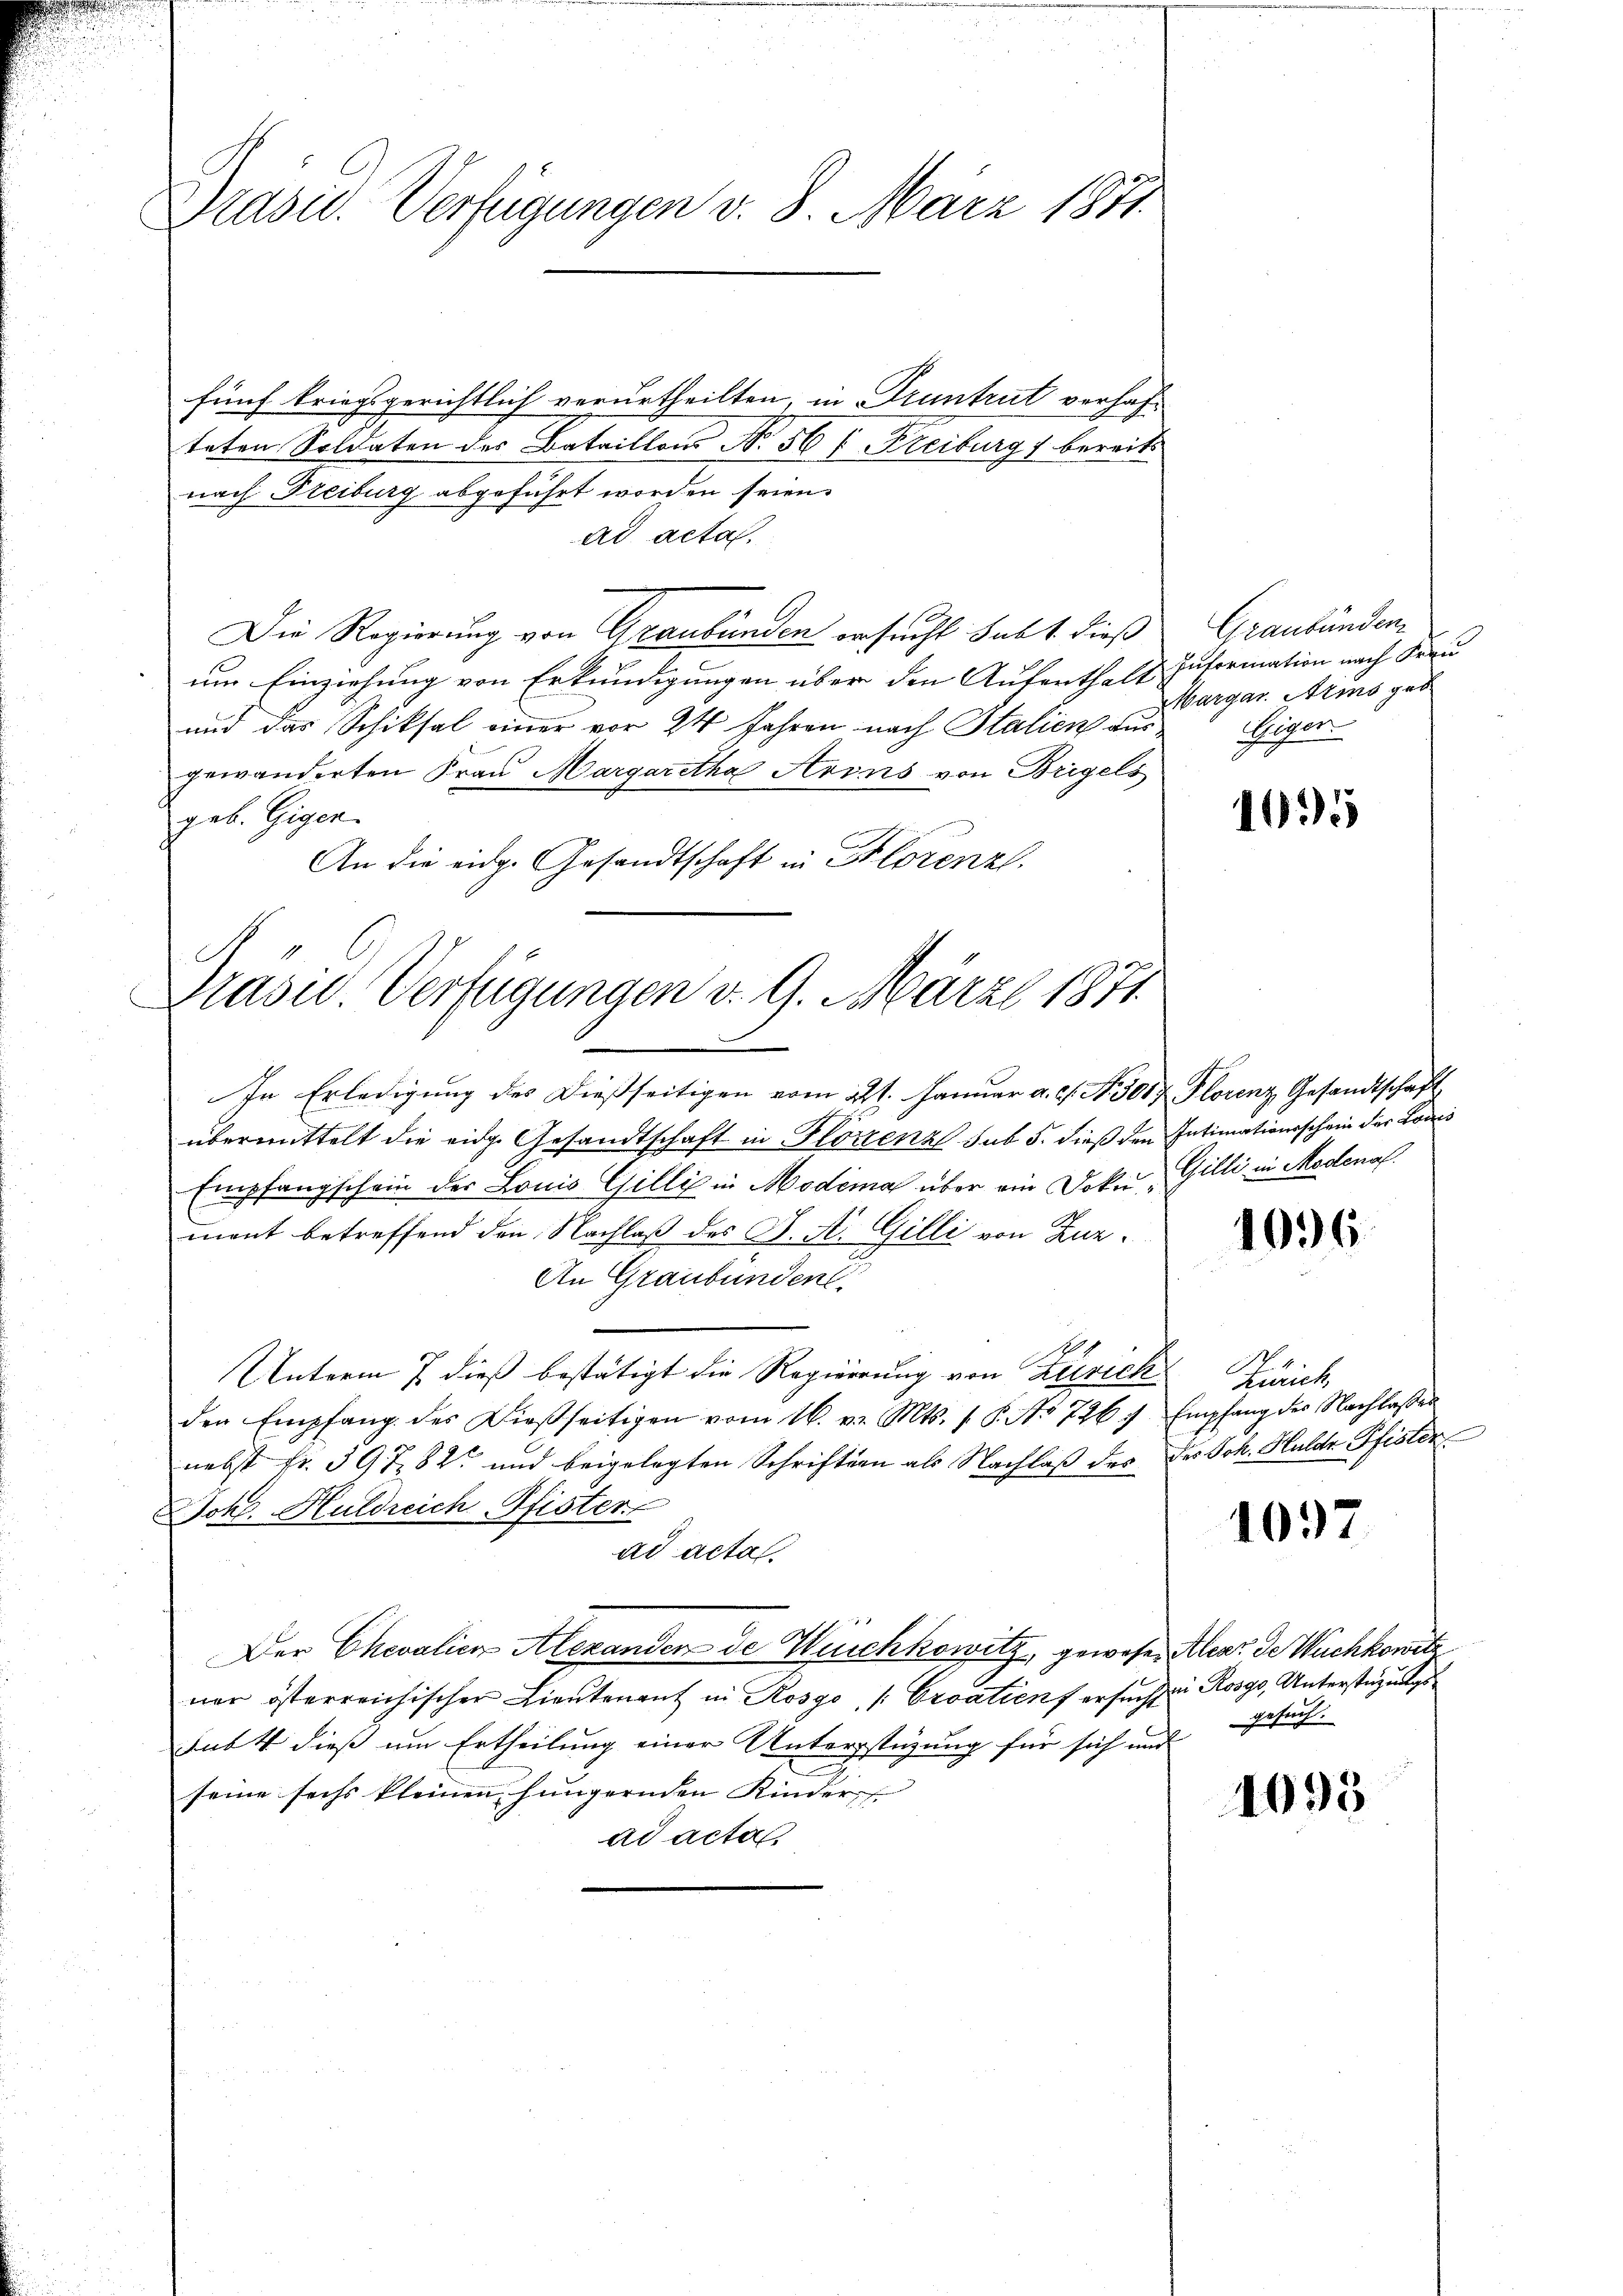
Präsid. Verfügungen v. 8. März 1871.

fünf kriegsgerichtlich verurtheilten, in Pruntrut verhafteten Soldaten des Bataillons No 56 f. Freiburg) bereits
nach Freiburg abgeführt worden seien.
ad acta.
Die Regierung von Graubünden ersucht sub 1. dieß
um Einziehung von Erkundigungen über den Aufenthalt
und das Schiksal einer vor 24 Jahren nach Italien aus
gewänderten Frau Margaretha Arins von Brigels
geb. Giger.
An die eidg. Gesandtschaft in Florenzl.

In Erledigung des dießseitigen vom 22. Januar a. c. A. 301. Florenz Gesandtschaft
übermittelt die eidg. Gesandtschaft in Florenz sub 5. dieß den Intimationsschein der Louis
Empfangschein der Louis Gilli in Modema über ein Doku Gilli in Modenal
mont betreffend den Nachlaß des K. A. Gilli von Zuz¬
An Graubünden.
Unterm 7 dieß bestätigt die Regierung von Zürich
den Empfang des Dießseitigen vom 16. v. Mts. 1. P. No 726 f. Empfang des Nachlasses
nebst fr. 397. 82 und beigelegten Schriften als Nachlaß des des Joh. Huldr Pfister
Jok. Huldreich Pfister
ad acta.
Der Chevalien Alexanden de Weichkowitz, gewesen Alex de Wuchkowitz
ner österreichischer Lieutenant in Rosgo, / Croatien ersucht u. Rosgs, Unterstüzungssubt dieß um Ertheilung einer Unterstüzung für sich und
seine sechs kleinen jüngernden Kinder
ad acta.

¬
Präsid.. Verfügungen d. 9. März 1871.

Graubünden
Information nach Frau
Margar. Arms geb
Giger.

15

1096

.
Zürich,

1097

gesuch.

1095